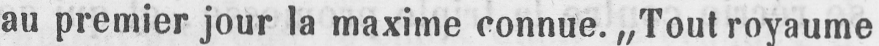
au premier jour la maxime connue. „Tout royaume